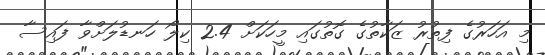
މި އަހަރުގެ ފިތުރު ޒަކާތުގެ ގޮތުގައި މީހަކަށް 2.4 ކިލޯ ހަނޑުލަށްވާ ފައިސާ